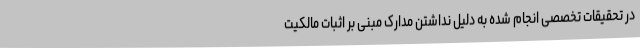
در تحقیقات تخصصی انجام شده به دلیل نداشتن مدارک مبنی بر اثبات مالکیت